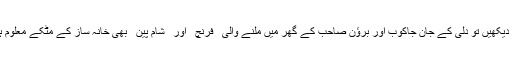
چہار جانب صراحیاں رنگ رنگ کی، طاقچوں میں سجی دیکھیں تو دِلی کے جان جاکوب اور برؤن صاحب کے گھر میں ملنے والی ٰ ٰ فرنچ ٰ ٰ اور ٰ ٰ شام پین ٰ ٰ بھی خانہ ساز کے مٹکے معلوم ہوئے، دِل و جان اِنھی صراحیوں میں اٹکے معلوم ہوئے، ۔